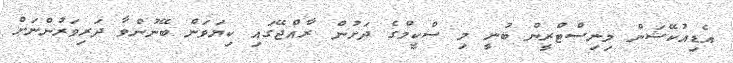
އެޑިއުކޭޝަން މިނިސްޓްރީން ބުނީ މި ސްކީމްގެ ދަށުން ރާއްޖޭގައި ކިޔަވަން ބޭނުންވާ ދަރިވަރުންނަށް